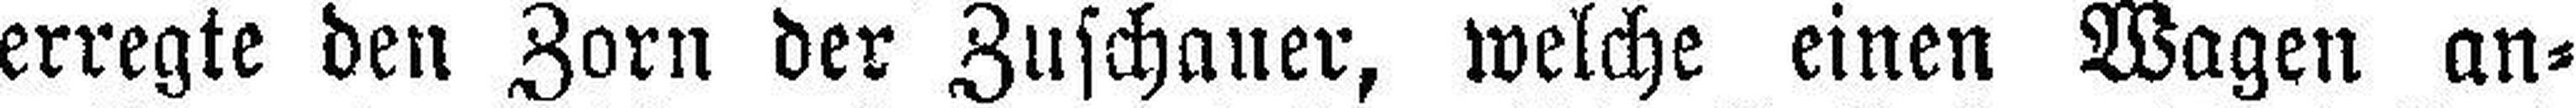
erregte den Zorn der Zuschauer, welche einen Wagen an¬